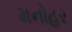
મનોહર